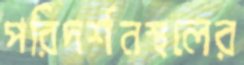
পরিদর্শনস্থলের